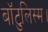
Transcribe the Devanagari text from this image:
बॉटुलिस्म।